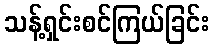
သန့်ရှင်းစင်ကြယ်ခြင်း